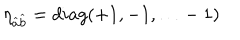
LaTeX: \eta _ { \widehat { a } \widehat { b } } = d i a g ( + 1 , - 1 , \ldots - 1 )